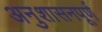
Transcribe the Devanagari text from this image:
अनुशासनपूर्ण